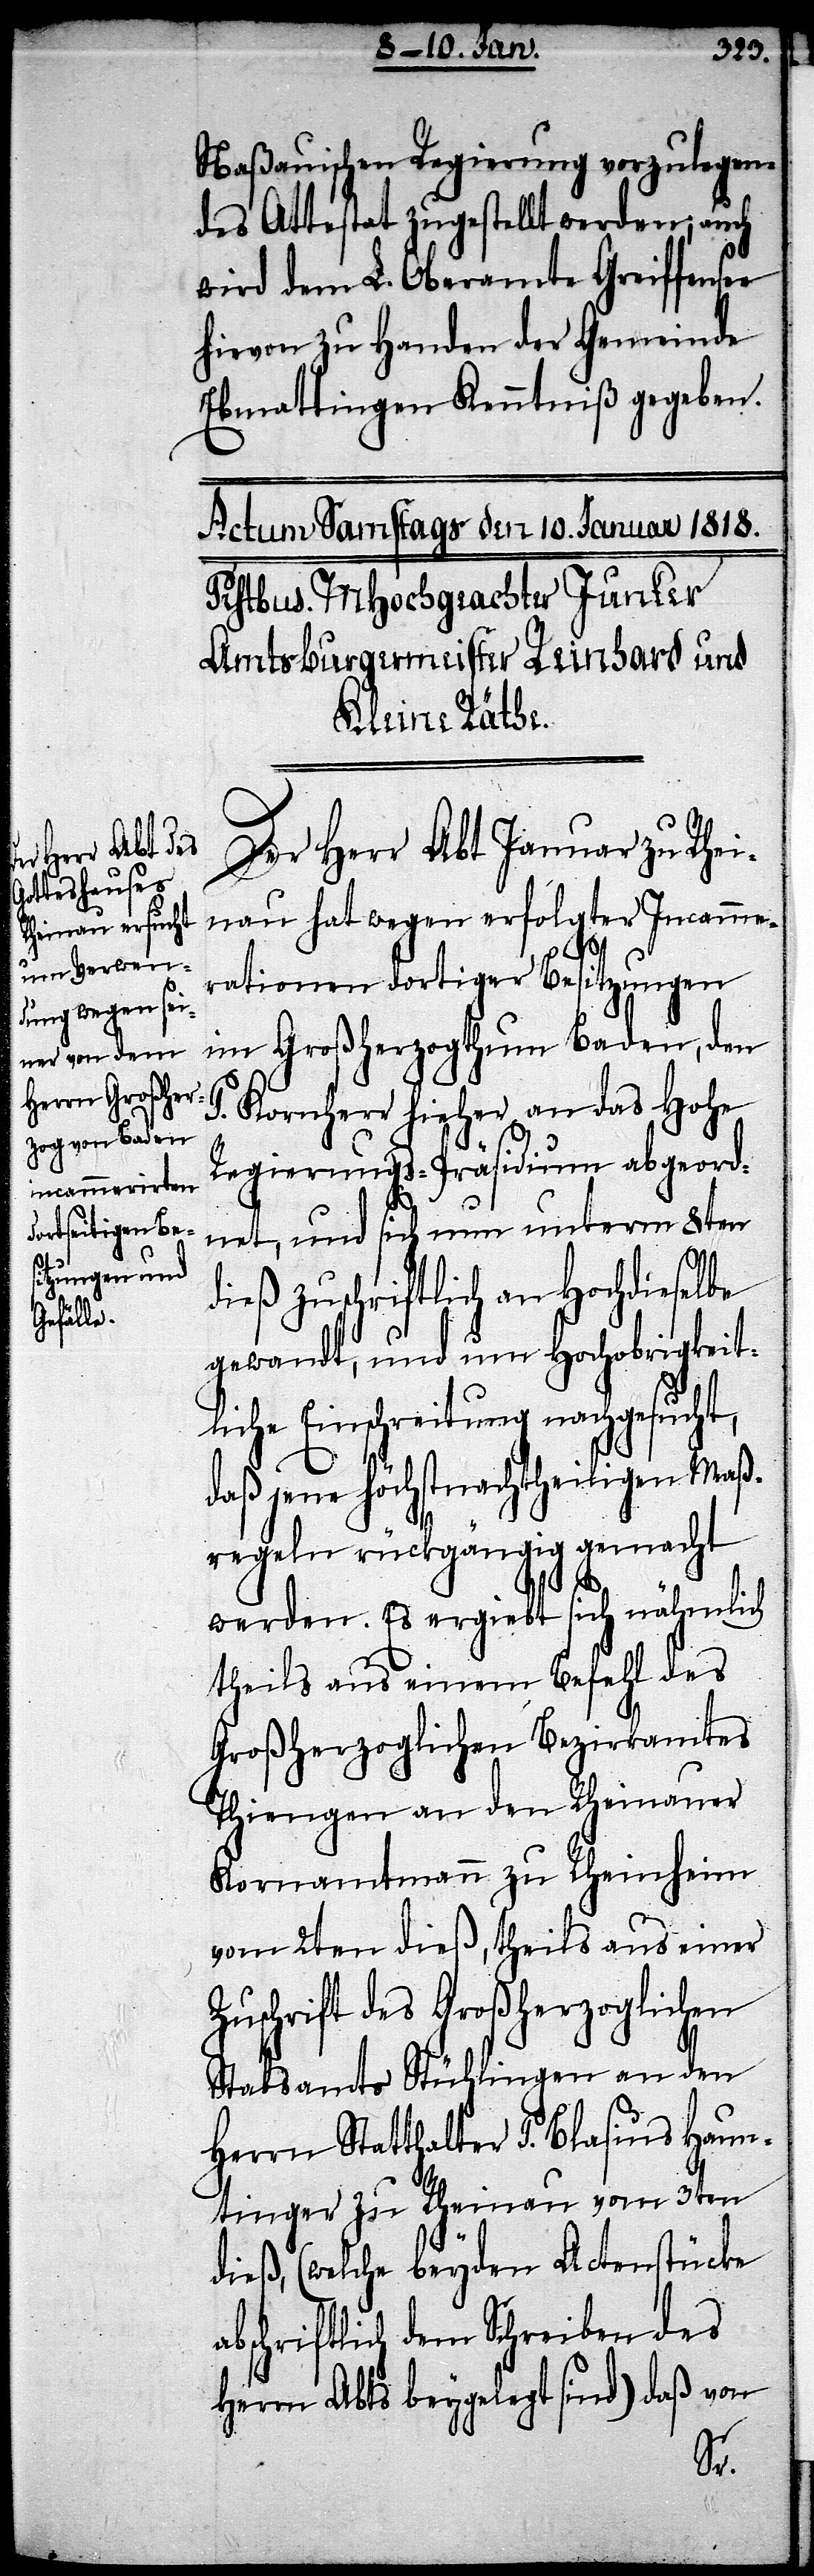
Naßauischen Regierung vorzulegen¬
des Attestat zugestellt werden; auch
wird dem L. Oberamte Greiffensee
hievon zu Handen der Gemeinde
Ebmattingen Kenntniß gegeben.
Der Herr Abt Januar zu Rhei¬
nau hat wegen verfolgter Incammer¬
ationen dortiger Besitzungen
im Großherzogthum Baden, den
P. Kornherr hieher an das Hohe
Regierungs-Präsidium abgeord¬
net, und sich nun unterm 8ten
dieß zuschriftlich an hochdieselbe
gewandt, und um Hochobrigkeit¬
liche Einschreitung nachgesucht,
daß jene höchstnachtheiligen Maß¬
regeln rückgängig gemacht
werden. Es ergiebt sich nähmlich
theils aus einem Befehl des
Großherzoglichen Bezirkamtes
Thiengen an den Rheinauer
Kornamtmann zu Rheinheim
vom 2ten dieß, theils aus einer
Zuschrift des Großherzoglichen
Stabsamts Stühlingen an den
Herrn Statthalter P. Blasius Haun¬
tinger zu Rheinau vom 3ten
dieß, (welche beyden Actenstücke
bschriftlich dem Schreiben des
Herrn Abts beygelegt sind) daß von
a¬